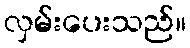
လှမ်းပေးသည်။